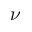
\nu